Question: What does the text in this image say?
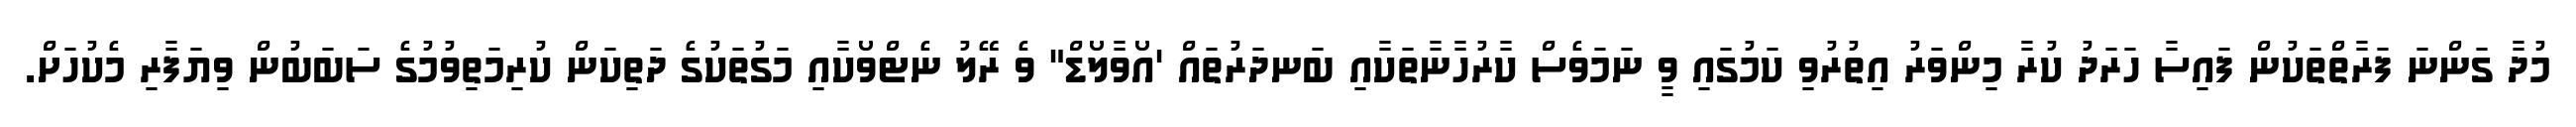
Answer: މުދާ ގަންނަ ފަރާތްތަކުން ފައިސާ ހަރަދު ކުރާ މިންވަރު އިތުރުވި ކަމުގައި ވީ ނަމަވެސް ކާރުހާނާތަކާއި ބަނދަރުތައް 'އޯވާލޯޑް" ވެ ރޭލު ނެޓްވޯކާއި މަގުތަކުގެ ދަތިކަން ކުރިމަތިވުމުގެ ސަބަބުން ވިޔަފާރި މެކުހަށް.